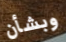
وبشأن